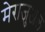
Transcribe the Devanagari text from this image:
मेराजुअल